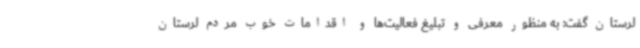
لرستان گفت: به منظور معرفی و تبلیغ فعالیت‌ها و اقدامات خوب مردم لرستان